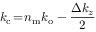
k _ { \mathrm { c } } \! = \! n _ { \mathrm { m } } k _ { \mathrm { o } } - \frac { \Delta k _ { z } } { 2 }